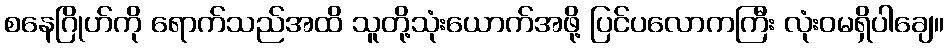
စနေဂြိုဟ်ကို ရောက်သည်အထိ သူတို့သုံးယောက်အဖို့ ပြင်ပလောကကြီး လုံးဝမရှိပါချေ။